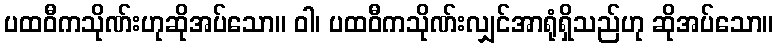
ပထဝီကသိုဏ်းဟုဆိုအပ်သော။ ဝါ၊ ပထဝီကသိုဏ်းလျှင်အာရုံရှိသည်ဟု ဆိုအပ်သော။